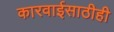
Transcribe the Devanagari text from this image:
कारवाईसाठीही